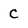
Character: C